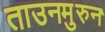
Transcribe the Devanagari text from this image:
ताउनमुरुन